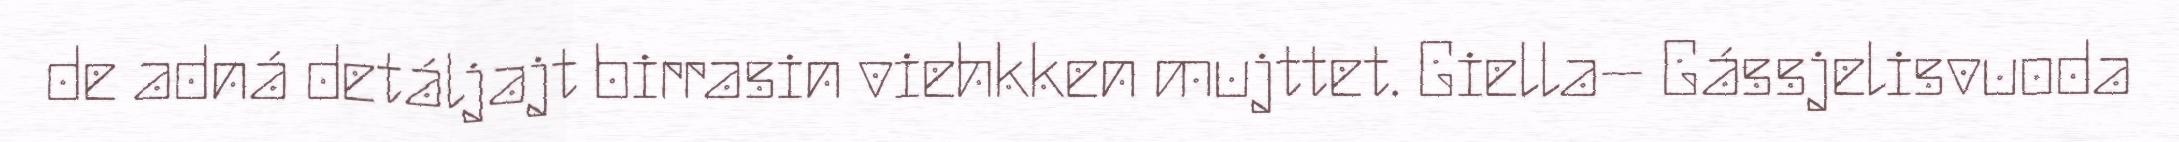
de adná detáljajt birrasin viehkken mujttet. Giella– Gássjelisvuoda